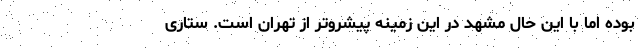
بوده اما با این حال مشهد در این زمینه پیشروتر از تهران است. ستاری